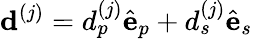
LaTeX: {\mathbf d}^{(j)}=d_{p}^{(j)}{\hat{\mathbf e}}_{p}+d_{s}^{(j)}{\hat{\mathbf e}}_{s}